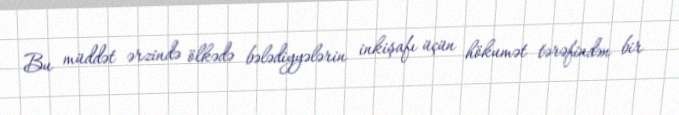
Bu müddət ərzində ölkədə bələdiyyələrin inkişafı üçün hökumət tərəfindən bir